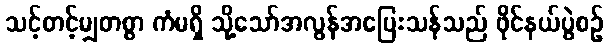
သင့်တင့်မျှတစွာ ကံမရှိ သို့သော်အလွန်အပြေးသန်သည် ဖိုင်နယ်ပွဲစဉ်